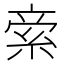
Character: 𥿿